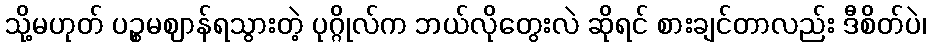
သို့မဟုတ် ပဉ္စမဈာန်ရသွားတဲ့ ပုဂ္ဂိုလ်က ဘယ်လိုတွေးလဲ ဆိုရင် စားချင်တာလည်း ဒီစိတ်ပဲ၊